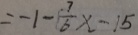
= - 1 - \frac { 7 } { 6 } x - 1 5